Source: Handwritten
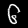
Digit: ၆ (6)